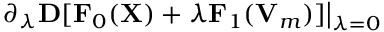
\left. \partial _ { \lambda } { \bf D } [ { \bf F } _ { 0 } ( { \bf X } ) + \lambda { \bf F } _ { 1 } ( { \bf V } _ { m } ) ] \right\vert _ { \lambda = 0 }